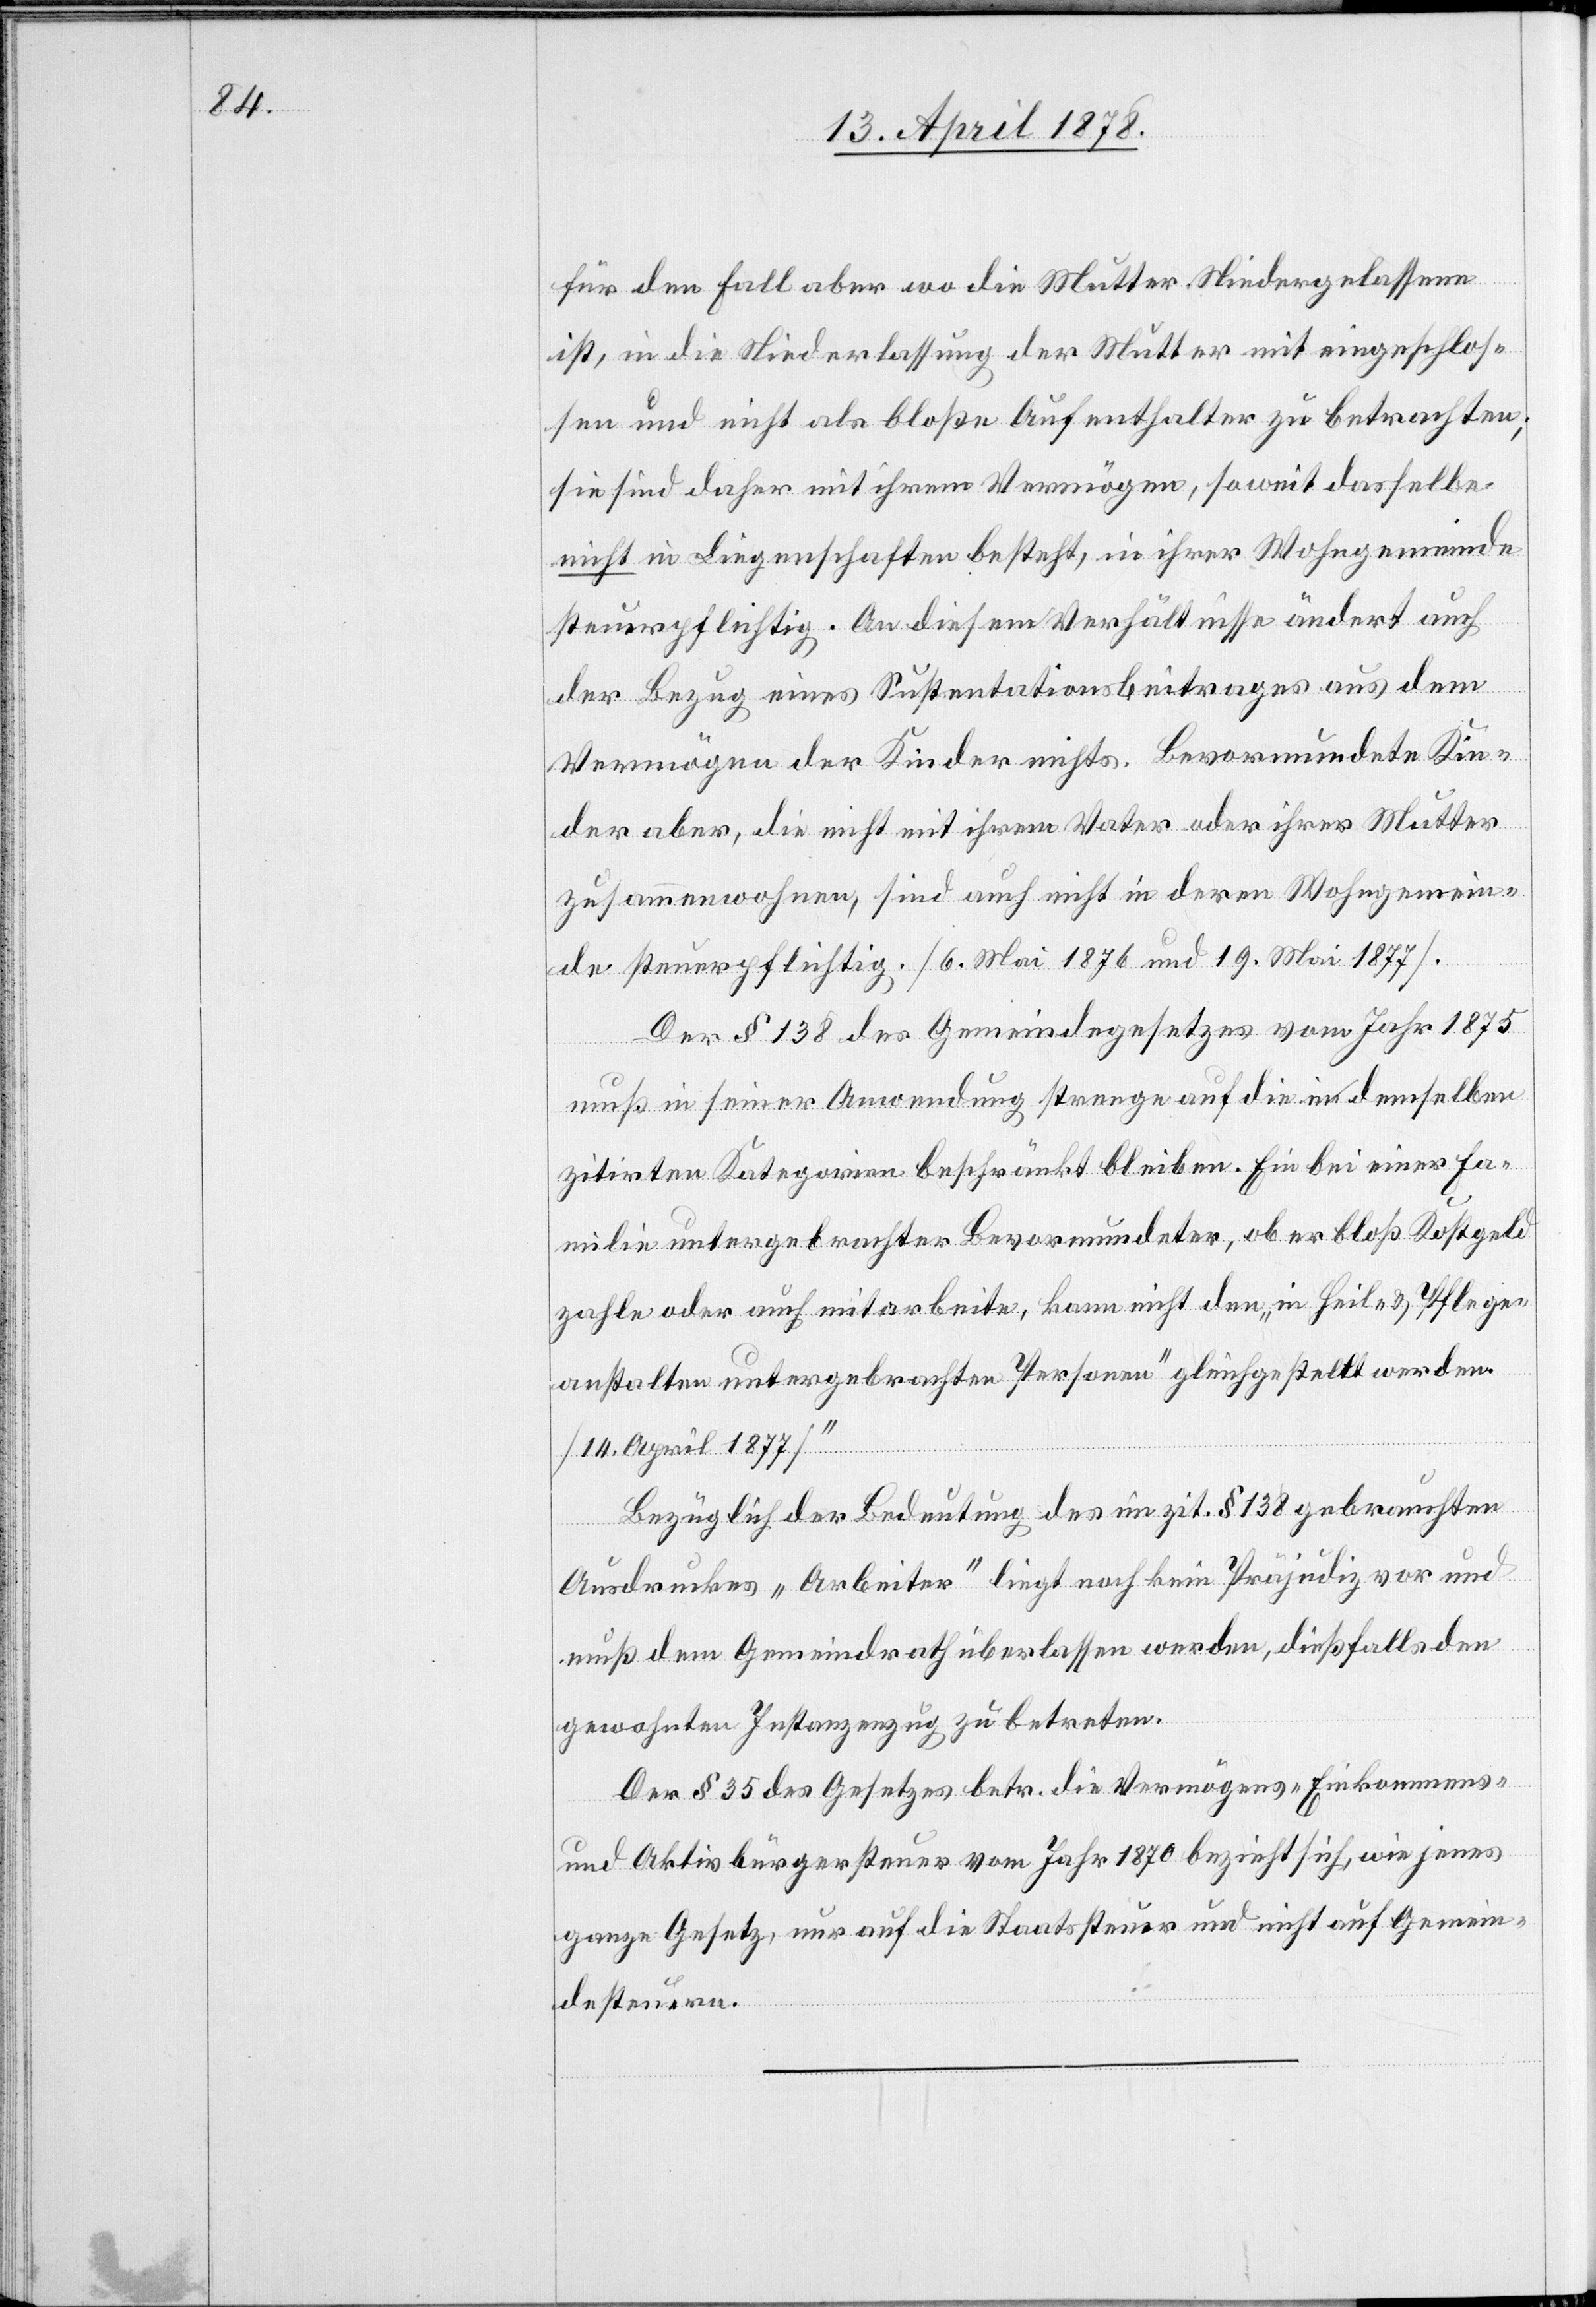
für den Fall aber wo die Mutter Niedergelassene
ist, in die Niederlassung der Mutter mit eingeschlos¬
sen und nicht als bloße Aufenthalter zu betrachten;
sie sind daher mit ihrem Vermögen, soweit dasselbe
nicht in Liegenschaften besteht, in ihrer Wohngemeinde
steuerpflichtig. An diesem Verhältnisse ändert auch
der Bezug eines Sustentationsbeitrages aus dem
Vermögen der Kinder nichts. Bevormundete Kin¬
der aber, die nicht mit ihrem Vater oder ihrer Mutter
zusammenwohnen, sind auch nicht in deren Wohngemein¬
den steuerpflichtig. (6. Mai 1876 und 19. Mai 1877).
Der § 138 des Gemeindegesetzes vom Jahr 1875
muß in seiner Anwendung strenge auf die in demselben
zitirten Kategorien beschränkt bleiben. Ein bei einer Fa¬
milie untergebrachter Bevormundeter, ob er bloß Kostgeld
zahle oder auch mitarbeite, kann nicht den „in Heil- & Pflege¬
anstalten untergebrachten Personen“ gleichgestellt werden
(14. April 1877)“
Bezüglich der Bedeutung des im zit. § 138 gebrauchten
Ausdruckes „Arbeiter“ liegt noch kein Präjudiz vor und
muß dem Gemeindrath überlassen werden, dießfalls den
gewohnten Instanzenzug zu betreten.
Der § 35 des Gesetzes betr. die Vermögens-, Einkommens-
und Aktivbürgersteuer vom Jahr 1870 bezieht sich, wie jenes
ganze Gesetz, nur auf die Staatssteuer und nicht auf Gemein¬
desteuern.